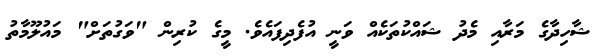
ޝާހިދާގެ މަރާއި މެދު ޝައްކުތަކެއް ވަނީ އުފެދިފައެވެ. މީގެ ކުރިން "ވަގުތަށް" މައުލޫމާތު